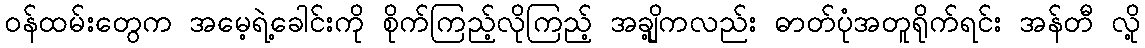
ဝန်ထမ်းတွေက အမေ့ရဲ့ခေါင်းကို စိုက်ကြည့်လိုကြည့် အချို့ကလည်း ဓာတ်ပုံအတူရိုက်ရင်း အန်တီ လို့